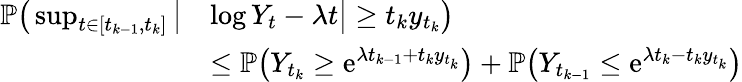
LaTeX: \begin{array}{rl}{\mathbb P\big(\operatorname*{sup}_{t\in[t_{k-1},t_{k}]}\big|}&{\log Y_{t}-\lambda t\big|\geq t_{k}y_{t_{k}}\big)}\\ &{\leq\mathbb P\big(Y_{t_{k}}\geq\mathrm e^{\lambda t_{k-1}+t_{k}y_{t_{k}}}\big)+\mathbb P\big(Y_{t_{k-1}}\leq\mathrm e^{\lambda t_{k}-t_{k}y_{t_{k}}}\big)}\end{array}